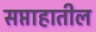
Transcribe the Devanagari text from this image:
सप्ताहातील